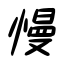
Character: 慢